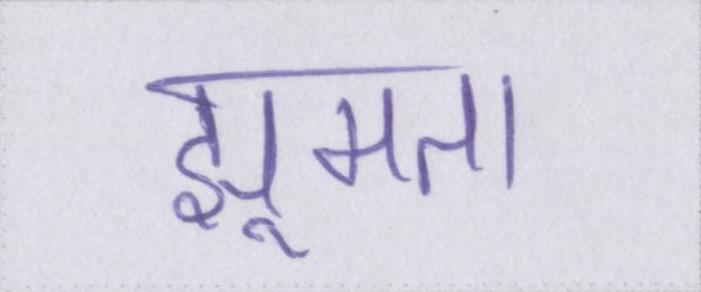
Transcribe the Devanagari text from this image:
झूमता